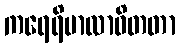
ကရေရိမာလာဝိတတာ